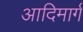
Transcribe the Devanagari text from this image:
आदिमार्ग